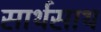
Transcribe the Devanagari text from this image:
सार्थसाथ